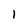
Character: l